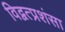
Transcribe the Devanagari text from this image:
विद्वत्प्रशंसा